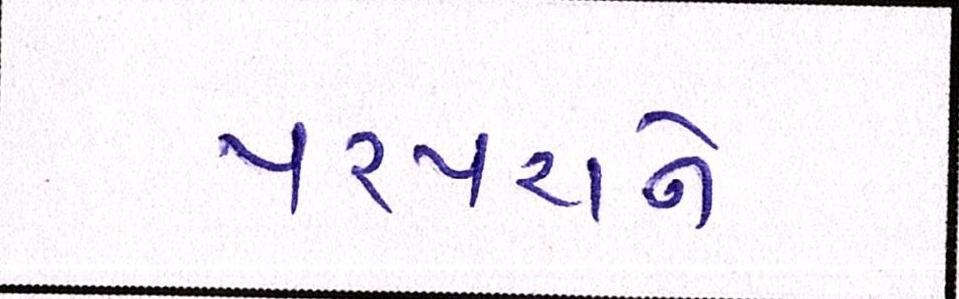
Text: પરંપરાને